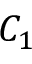
C _ { 1 }